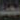
محمد